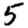
Digit: 5